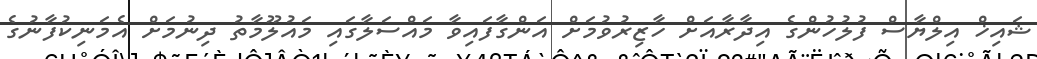
ޝައިޚް އިލްޔާސް ފުލުހުންގެ އިދާރާއަށް ހާޒިރުވުމަށް އަންގާފައިވާ މައްސަލާގައި މައުލޫމާތު ދިނުމަށް އެމަނިކުފާނުގެ